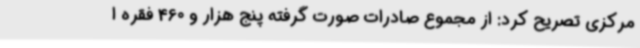
مرکزی تصریح کرد: از مجموع صادرات صورت گرفته پنج هزار و 460 فقره ا